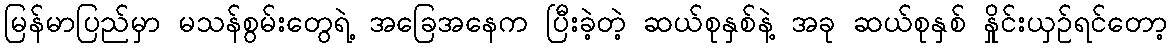
မြန်မာပြည်မှာ မသန်စွမ်းတွေရဲ့ အခြေအနေက ပြီးခဲ့တဲ့ ဆယ်စုနှစ်နဲ့ အခု ဆယ်စုနှစ် နှိုင်းယှဉ်ရင်တော့